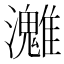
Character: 𤄛